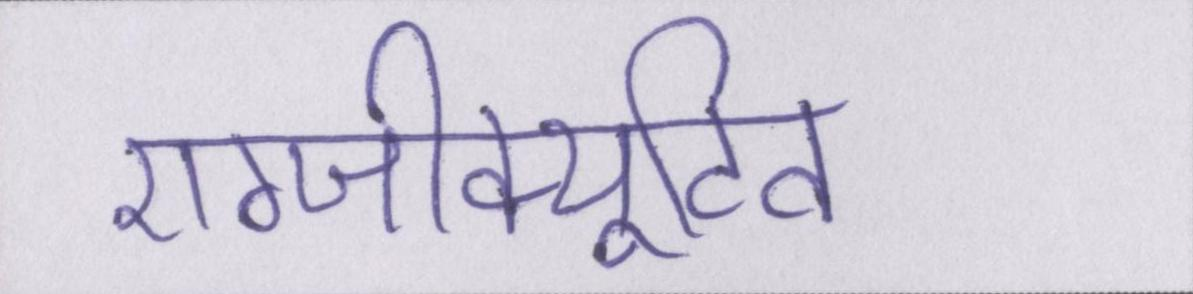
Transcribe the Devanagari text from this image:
एग्जीक्यूटिव